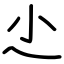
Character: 尐